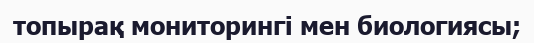
топырақ мониторингі мен биологиясы;